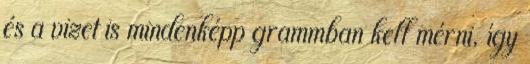
és a vizet is mindenképp grammban kell mérni, így